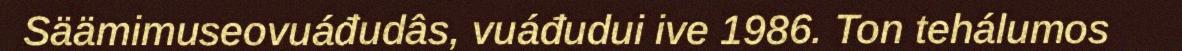
Säämimuseovuáđudâs, vuáđudui ive 1986. Ton tehálumos